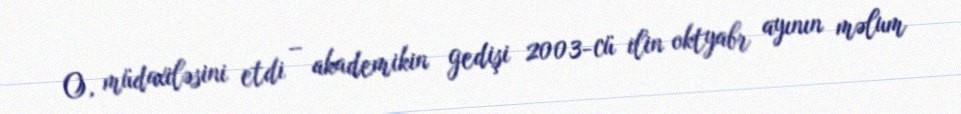
O, müdaxiləsini etdi – akademikin gedişi 2003-cü ilin oktyabr ayının məlum